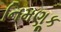
નિમણૂક